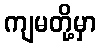
ကျမတို့မှာ